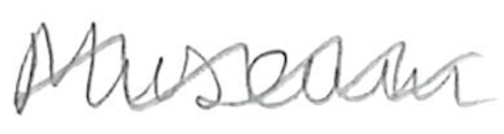
Text: Museum
Cross-out: mix
Writing tool: pencil